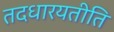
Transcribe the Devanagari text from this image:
तदधारयतीति